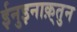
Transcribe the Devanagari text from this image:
ईनुइनाक़्तुन